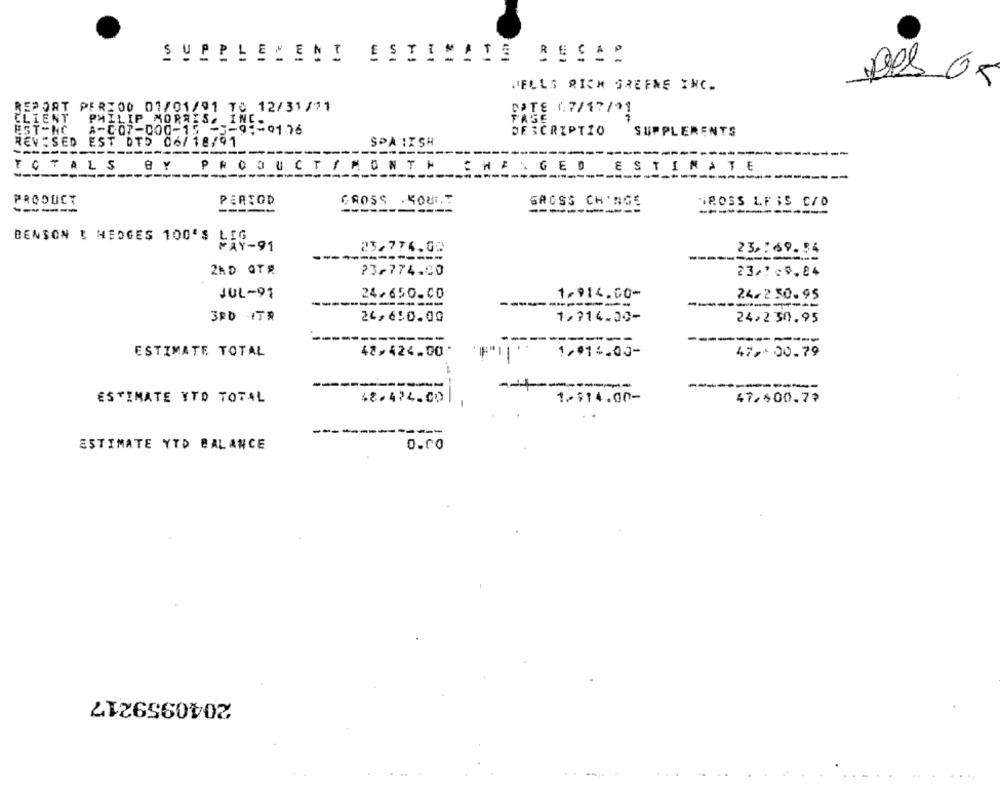
SUPPLEZENI
ESTIMAIS RESA:
WELLS RICH GREENE INC.
REPORT PERIOD 01/01/91 TC 12/31/71
DATE 17/17/01
CLIENT
FAGE
PHILIP MORRIS. INC.
EST-NC
4-007-000-15 -3-9 :- 0136
DESCRIPTIO
SUPPLEMENTS
REVISED EST DTD 06/18/91
SPANISH
BY
TOTALS
--
PRODUCT / MONTH
CHANGED ESTIMATE
--
PRODUCT
PERIOD
GROSS . KOUT
GROSS CH'AGE
GROSS LEIS CIO
------
-----
---------
BENSON & HEDGES 100'S LIG
MAY-91
23.774.00
23 :69.54
-----------
ZAD QYR
73,774.00
23/1:9.84
JUL-91
24/650.00
-----
1-914.00-
24/2 50.95
3RD ITR
24,6:0.00
1,714.00-
24,230.95
--
--------
ESTIMATE TOTAL
42,424.00-
1/914.00-
47 ,* 00.79
--
ESTIMATE YTD TOTAL
48.474.00
1.$14.00-
47.400.79
------
ESTIMATE YTD BALANCE
0.00
2040959217